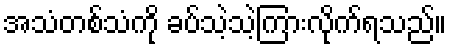
အသံတစ်သံကို ခပ်သဲ့သဲ့ကြားလိုက်ရသည်။